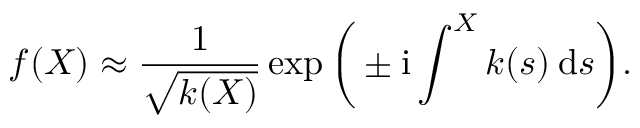
f ( X ) \approx \frac { 1 } { \sqrt { k ( X ) } } \exp \bigg ( \pm \mathrm { i } \int ^ { X } k ( s ) \: \mathrm { d } s \bigg ) .